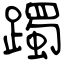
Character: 躅